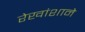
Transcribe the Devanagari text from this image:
रेखांशाने